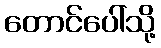
တောင်ပေါ်သို့